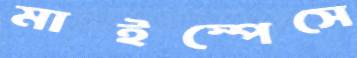
মাইস্পেসে